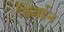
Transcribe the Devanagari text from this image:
डिज़ईन